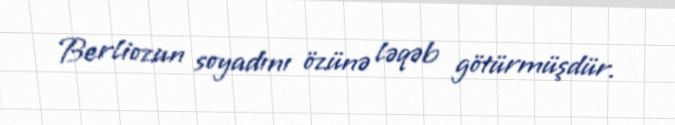
Berliozun soyadını özünə ləqəb götürmüşdür.